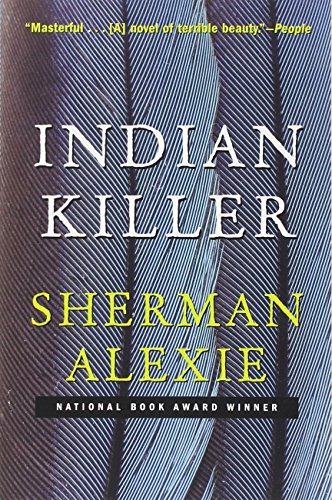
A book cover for Indian Killer; Sherman Alexie; Literature & Fiction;